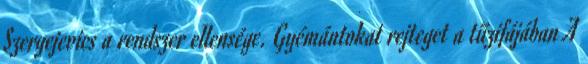
Szergejevics a rendszer ellensége. Gyémántokat rejteget a tűzifájában A